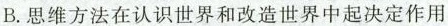
B.思维方法在认识世界和改造世界中起决定作用